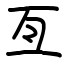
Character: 亙